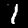
Digit: 1